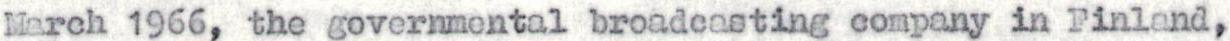
March 1966, the governmental broadcasting company in Finland,